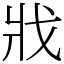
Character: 戕